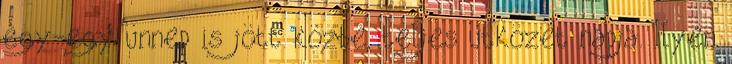
egy-egy ünnep is jött közbe, teljes ütközet napja. Ilyen